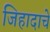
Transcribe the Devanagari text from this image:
जिहादाचे